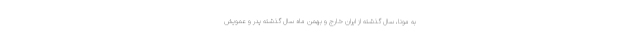
به مونا، سال گذشته از ایران خارج و بهمن ماه سال گذشته پدر و عمویش